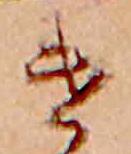
け